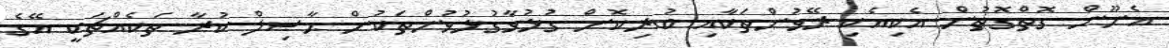
އެނޫން ގޮތްގޮތުން އެކިއެކި ރޭވުންތަކާއި ބުރިކޮށް ގުޅުވާގުޅުވުންތަކުން ޙާޞިލް ކުރާ ތަކެއްޗަކީ އޭގެ